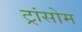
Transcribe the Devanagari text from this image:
ट्रांसोम